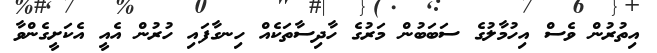
އިތުރުން ވެސް އިހުމާލުގެ ސަބަބުން މަރުގެ ހާދިސާތަކެއް ހިނގާފައި ހުރުން އެއީ އެކަށީގެންވާ